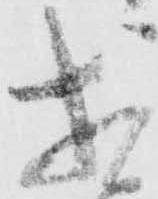
相